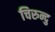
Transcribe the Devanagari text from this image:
चिरुन्दु